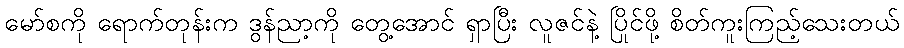
မော်စကို ရောက်တုန်းက ဒွန်ညာ့ကို တွေ့အောင် ရှာပြီး လူဇင်နဲ့ ပြိုင်ဖို့ စိတ်ကူးကြည့်သေးတယ်